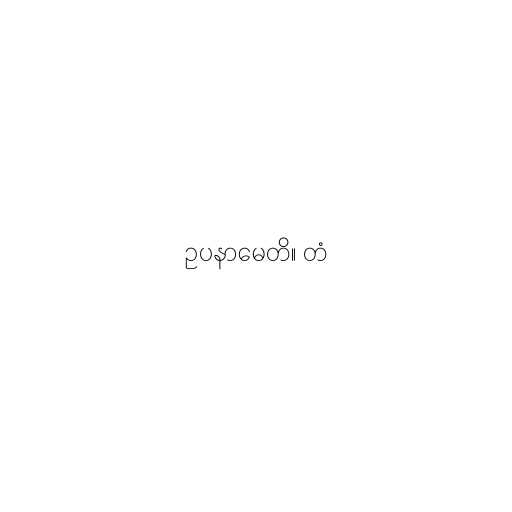
ဥပနာမေတိ။ တံ